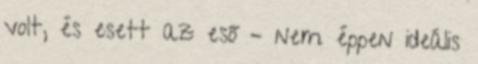
volt, és esett az eső – nem éppen ideális